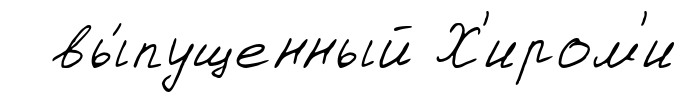
вы́пущенный Х'иром'и